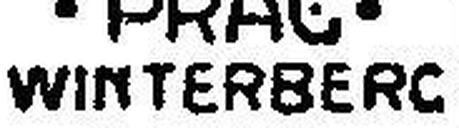
WINTERBERC